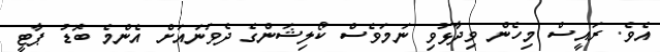
އެވެ. ރައީސް މިހެން ވިދާޅުވި ނަމަވެސް ކޯލިޝަންގެ ދެވަނައަށް އެންމެ ބޮޑު ޕާޓީ